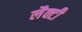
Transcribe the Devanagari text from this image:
लैक्टी